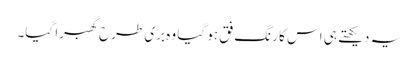
یہ دیکھتے ہی اس کا رنگ فق ہو گیا وہ بری طرح گھبرا گیا۔